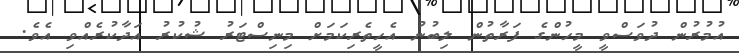
އުމުރުން ދުވަސްވީ މީހުންގެ ފަރާތުން ލިބުނު އެހީތެރިކަމަށް މިނިސްޓަރު ޝުކުރު އަދާކުރެއްވި އެވެ.